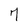
Character: 7